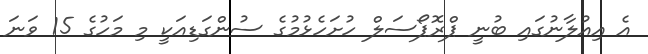
އެ އިއުލާނުގައި ބުނީ ޕްރޮޕޯސަލް ހުށަހެޅުމުގެ ސުންގަޑިއަކީ މި މަހުގެ 15 ވަނަ